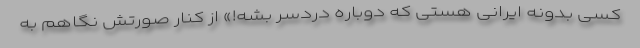
کسی بدونه ایرانی هستی که دوباره دردسر بشه!» از کنار صورتش نگاهم به